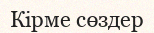
Кірме сөздер